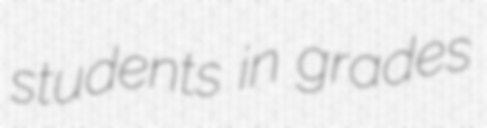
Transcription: students in grades